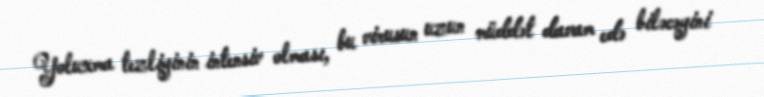
Yoluxma tezliyinin intensiv olması, bu virusun uzun müddət davam edə biləcəyini